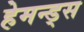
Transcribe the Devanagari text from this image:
हेमन्ड्स